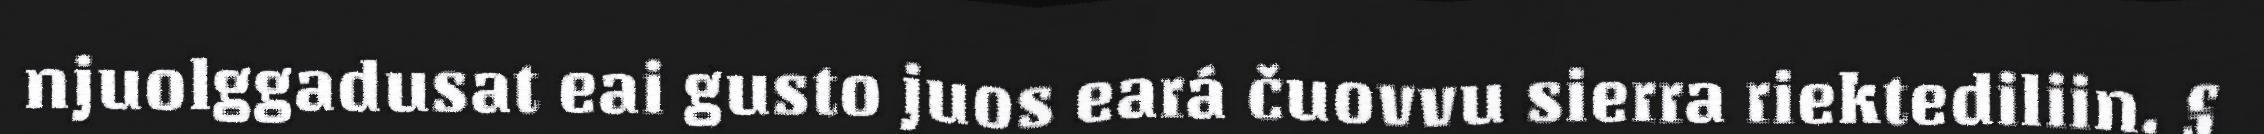
njuolggadusat eai gusto juos eará čuovvu sierra riektediliin. §